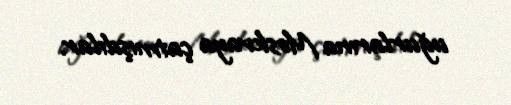
uğurlarına Moskvaya çatmışdılar.